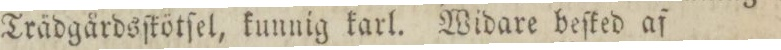
Trädgårdsſkötſel, kunnig karl. Widare beſked af